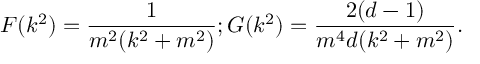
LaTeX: F ( k ^ { 2 } ) = \frac { 1 } { m ^ { 2 } ( k ^ { 2 } + m ^ { 2 } ) } ; G ( k ^ { 2 } ) = \frac { 2 ( d - 1 ) } { m ^ { 4 } d ( k ^ { 2 } + m ^ { 2 } ) } .